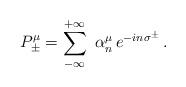
LaTeX: \begin{align*}P_{\pm}^{\mu} = \sum_{-\infty}^{+\infty} \ \alpha_n^{\mu} \, e^{-i n\sigma^{\pm}} \, . \end{align*}